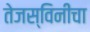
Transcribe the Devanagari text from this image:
तेजस्विनीचा